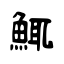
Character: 鮿